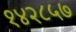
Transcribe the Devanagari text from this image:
१४२८५७